Scottish Leaving Certificate Examination, 1952
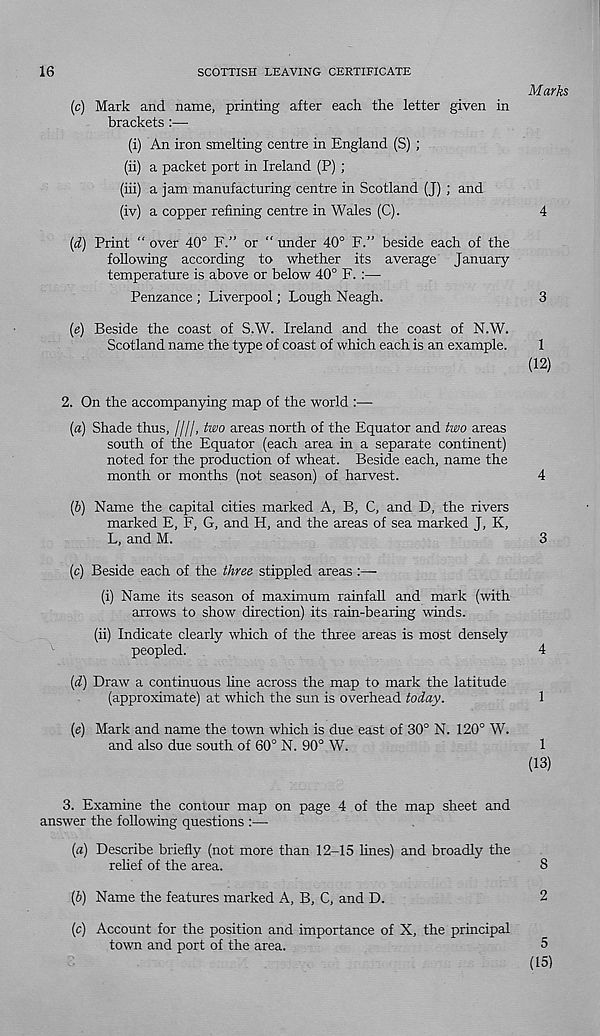
16
SCOTTISH LEAVING CERTIFICATE
Marks
(c)
Mark and name, printing after each the lette
brackets :—-
(i) An iron smelting centre in England (S) ;
(ii) a packet port in Ireland (P) ;
(iii) a jam manufacturing centre in Scotland (J) ; and
(iv) a copper refining centre in Wales (C).
4
{d) Print “ over 40° F.” or “ under 40° F.” beside each of the
following according to whether its average January
temperature is above or below 40° F. :—
Penzance ; Liverpool; Lough Neagh.
3
(<?) Beside the coast of S.W. Ireland and the coast of N.W.
Scotland name the type of coast of which each is an example.
1
(12)
2. On the accompanying map of the world :—
(a)
Shade thus, ////, two areas north of the Equator an
south of the Equator (each area in a separate continent)
noted for the production of wheat. Beside each, name the
month or months (not season) of harvest.
4
(&) Name the capital cities marked A, B, C, and D, the rivers
marked E, F, G, and H, and the areas of sea marked J, K,
L, and M.
3
(c) Beside each of the three stippled areas :—
(i) Name its season of maximum rainfall and mark (with
arrows to show direction) its rain-bearing winds.
(ii) Indicate clearly which of the three areas is most densely
peopled.
4
(d) Draw a continuous line across the map to mark the latitude
(approximate) at which the sun is overhead today.
1
(e) Mark and name the town which is due east of 30° N. 120° W.
and also due south of 60° N. 90° W.
1
(13)
3. Examine the contour map on page 4 of the map sheet and
answer the following questions :—
(a) Describe briefly (not more than 12-15 lines) and broadly the
relief of the area.
8
(b) Name the features marked A, B, C, and D.
2
(c) Account for the position and importance of X, the principal
town and port of the area.
5
(15)